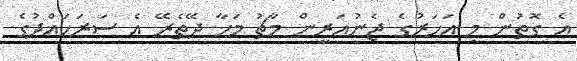
އެ ގޮތުން މި އަހަރުގެ ޖެނުއަރީން މާޗު މަހާ ދޭތެރޭ އެ ސަރަހައްދުގެ